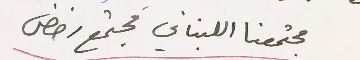
مجتمعنا اللبناني مجتمع رفض